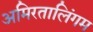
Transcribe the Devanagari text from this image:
अमिरतालिंगम